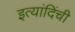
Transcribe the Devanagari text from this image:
इत्यांदिंची